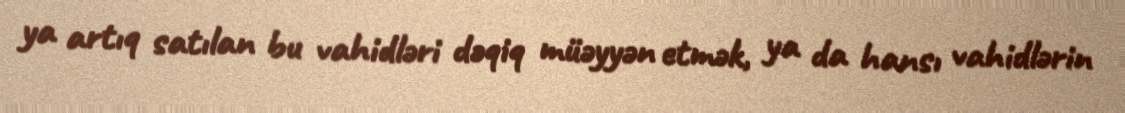
ya artıq satılan bu vahidləri dəqiq müəyyən etmək, ya da hansı vahidlərin